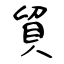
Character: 貿